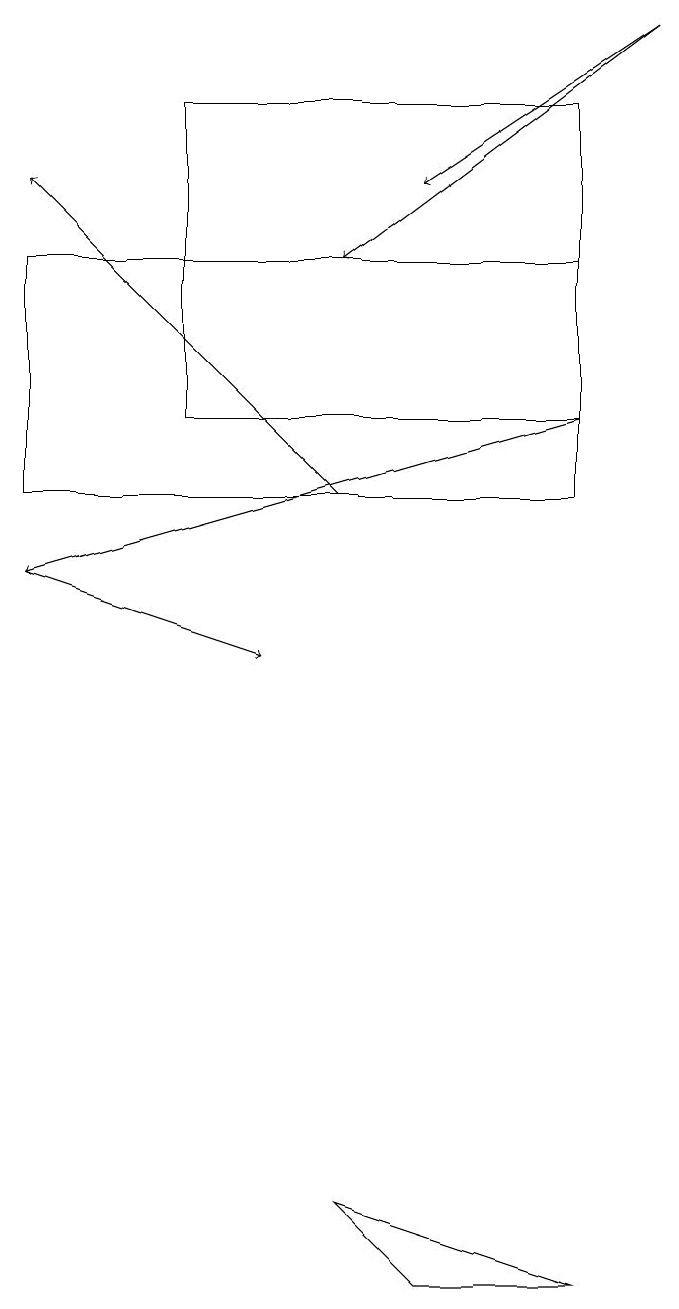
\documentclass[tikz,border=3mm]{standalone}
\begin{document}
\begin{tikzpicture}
\draw (1,15) rectangle (8,12);
\draw[->] (9,18) -- (6,16);
\draw (8,17) rectangle (3,13);
\draw[->] (5,12) -- (1,16);
\draw[->] (8,13) -- (1,11);
\draw (8,2) -- (5,3) -- (6,2) -- cycle;
\draw[->] (1,11) -- (4,10);
\draw[->] (9,18) -- (5,15);
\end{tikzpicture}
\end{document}